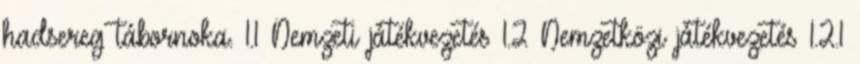
hadsereg tábornoka. 1.1 Nemzeti játékvezetés 1.2 Nemzetközi játékvezetés 1.2.1